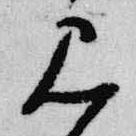
見